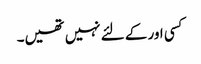
کسی اور کے لئے نہیں تھیں۔